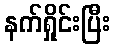
နက်ရှိုင်းပြီး